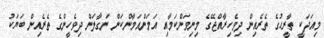
މިއަދަކީ ތާރީޙުގެ ތެރެއިން ދިވެހިރާއްޖޭގެ މިނިވަންކަމާއި އަމަންއަމާންކަން ނަގާލަން ދިވެހީންގެ ތެރެއިން ބަޔަކު